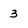
Character: 3